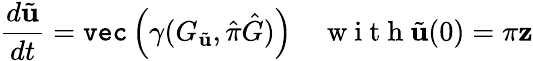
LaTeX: \frac{d\tilde{\mathbf{u}}}{dt}=\texttt{vec}\left(\gamma(G_{\tilde{\mathbf{u}}},\hat{\pi}\hat{G})\right)\quad\mathrm{~w~i~t~h~}\tilde{\mathbf{u}}(0)=\pi\mathbf{z}